画像に写った文字を読んでください
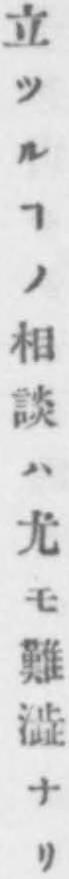
「立ツルヿノ相談ハ尤モ難澁ナリ」と書いてあります